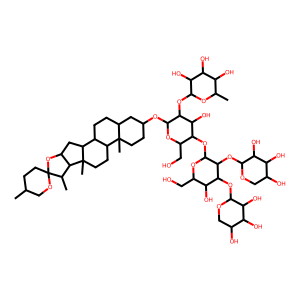
SMILES: CC1CCC2(OC1)OC1CC3C4CCC5CC(OC6OC(CO)C(OC7OC(CO)C(O)C(OC8OCC(O)C(O)C8O)C7OC7OCC(O)C(O)C7O)C(O)C6OC6OC(C)C(O)C(O)C6O)CCC5(C)C4CCC3(C)C1C2C
Inhibits HIV replication: No